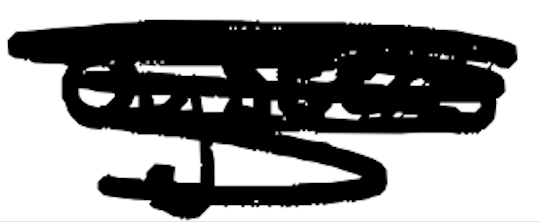
Text: oysters
Cross-out: scratch
Writing tool: digital_black